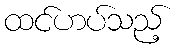
ထင်ဟပ်သည့်